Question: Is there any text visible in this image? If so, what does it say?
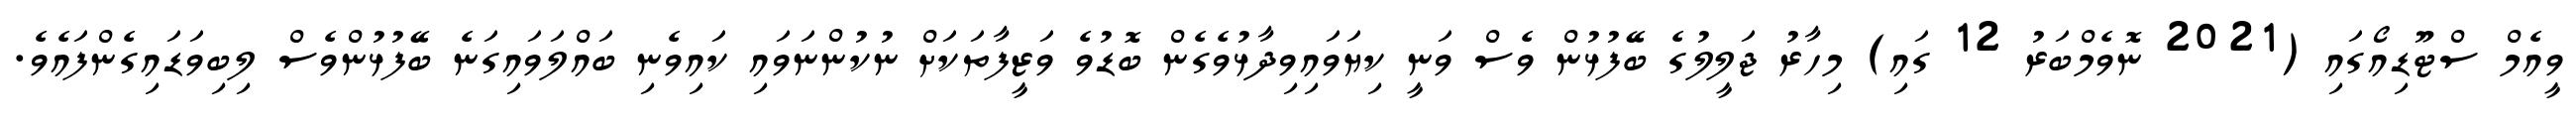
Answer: ވީއެމް ސްޓޫޑިއޯގައި (2021 ނޮވެމްބަރު 12 ގައި) މިހާރު ޖަލީލުގެ ބޭފުޅުން ވެސް ވަނީ ކިޔަވައިވިދާޅުވެގެން ބޮޑުވެ ވަޒީފާތަކަށް ނުކުންނަވައި ކައިވެނި ބައްލަވައިގަނެ ބޭފުޅުންވެސް ލިބިވަޑައިގެންފައެވެ.